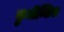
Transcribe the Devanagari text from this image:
कुबीन्सिस